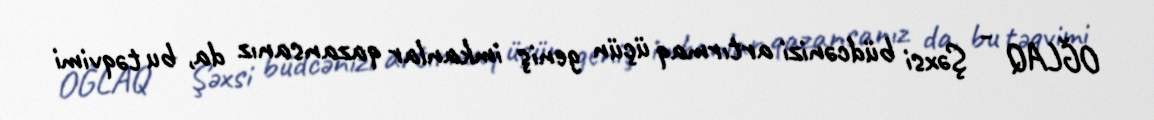
OĞLAQ - Şəxsi büdcənizi artırmaq üçün geniş imkanlar qazansanız da, bu təqvimi